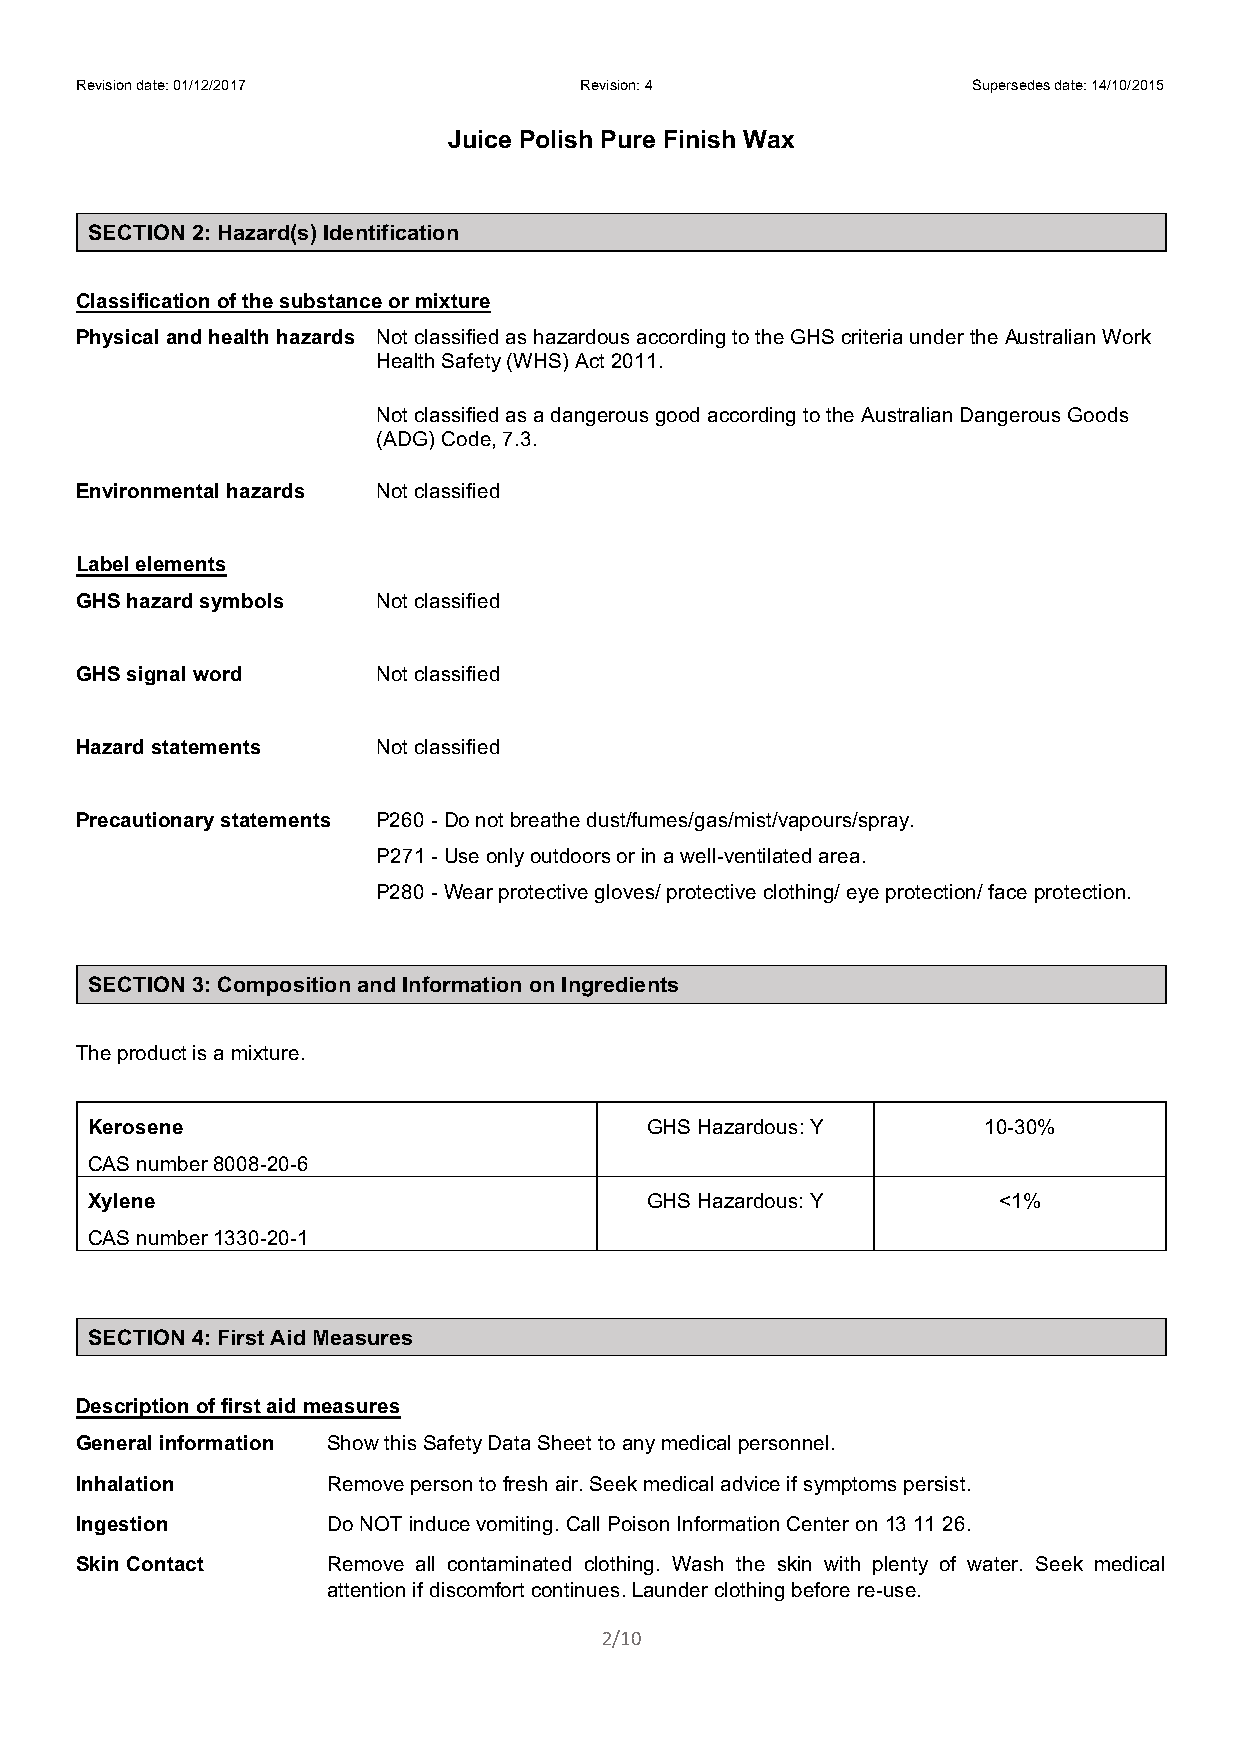
Revision date: 01/12/2017        Revision: 4               Supersedes date: 14/10/2015
 Juice Polish Pure Finish Wax
 SECTION 2: Hazard(s) Identification
 Classification of the substance or mixture
 Physical and health hazards Not classified as hazardous according to the GHS criteria under the Australian Work
 Health Safety (WHS) Act 2011.
 Not classified as a dangerous good according to the Australian Dangerous Goods
 (ADG) Code, 7.3.
 Environmental hazards Not classified
 Label elements
 GHS hazard symbols  Not classified
 GHS signal word     Not classified
 Hazard statements   Not classified
 Precautionary statements P260 - Do not breathe dust/fumes/gas/mist/vapours/spray.
 P271 - Use only outdoors or in a well-ventilated area.
 P280 - Wear protective gloves/ protective clothing/ eye protection/ face protection.
 SECTION 3: Composition and Information on Ingredients
 The product is a mixture.
 Kerosene                             GHS Hazardous: Y      10-30%
 CAS number 8008-20-6
 Xylene                               GHS Hazardous: Y       <1%
 CAS number 1330-20-1
 SECTION 4: First Aid Measures
 Description of first aid measures
 General information Show this Safety Data Sheet to any medical personnel.
 Inhalation       Remove person to fresh air. Seek medical advice if symptoms persist.
 Ingestion        Do NOT induce vomiting. Call Poison Information Center on 13 11 26.
 Skin Contact     Remove all contaminated clothing. Wash the skin with plenty of water. Seek medical
 attention if discomfort continues. Launder clothing before re-use.
 2/10